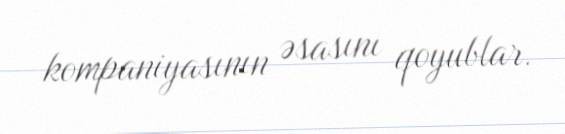
kompaniyasının əsasını qoyublar.